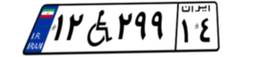
۱۲W۲۹۹۱۴